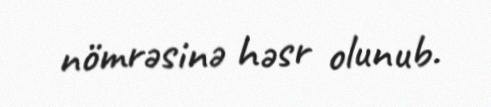
nömrəsinə həsr olunub.